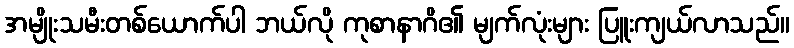
အမျိုးသမီးတစ်ယောက်ပါ ဘယ်လို ကုစာနာဂိ၏ မျက်လုံးများ ပြူးကျယ်လာသည်။